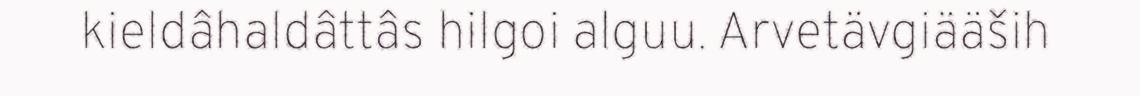
kieldâhaldâttâs hilgoi alguu. Arvetävgiääših